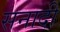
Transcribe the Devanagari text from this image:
सनादी